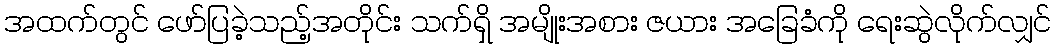
အထက်တွင် ဖော်ပြခဲ့သည့်အတိုင်း သက်ရှိ အမျိုးအစား ဇယား အခြေခံကို ရေးဆွဲလိုက်လျှင်